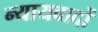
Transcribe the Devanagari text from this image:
न्यायवादों